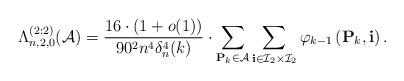
LaTeX: \begin{align*}\Lambda^{(2:2)}_{n,2,0}(\mathcal{A})&=\frac{16\cdot \left(1+o(1) \right) }{90^2n^4\delta^4_n(k) }\cdot\sum\limits_{\mathbf{P}_{k} \in \mathcal{A}}\sum\limits_{ \mathbf{i}\in \mathcal I_2 \times \mathcal I_2} \varphi_{k-1}\left( \mathbf{P}_{k},\mathbf{i}\right) .\end{align*}